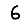
Digit: 6